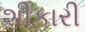
શીકારી